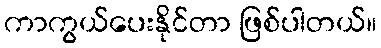
ကာကွယ်ပေးနိုင်တာ ဖြစ်ပါတယ်။